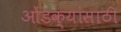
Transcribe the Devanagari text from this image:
ओंडक्यांसाठी